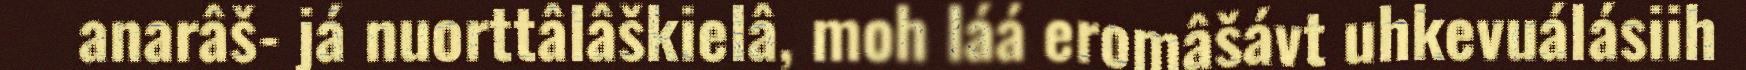
anarâš- já nuorttâlâškielâ, moh láá eromâšávt uhkevuálásiih